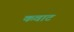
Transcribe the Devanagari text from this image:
कवाट